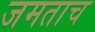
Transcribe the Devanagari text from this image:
जमताच